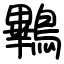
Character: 鷝